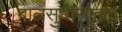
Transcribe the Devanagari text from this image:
बालसुधारगृहात